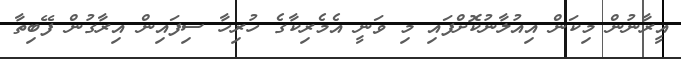
އީރާނުން މިކަން އިއުލާނުކޮށްފައި މި ވަނީ އެމެރިކާގެ ހުރިހާ ސިފައިން އިރާގުން ފޭބިތާ